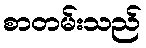
စာတမ်းသည်